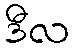
ဒီလ